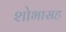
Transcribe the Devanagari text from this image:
शोभासह